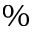
\%